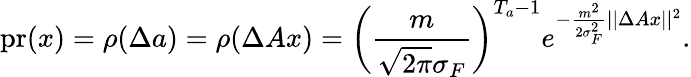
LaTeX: \mathrm{pr}(x)=\rho(\Delta a)=\rho(\Delta Ax)=\bigg(\frac{m}{\sqrt{2\pi}\sigma_{F}}\bigg)^{T_{a}-1}e^{-\frac{m^{2}}{2\sigma_{F}^{2}}||\Delta Ax||^{2}}.